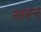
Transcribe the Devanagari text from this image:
तहबन्द